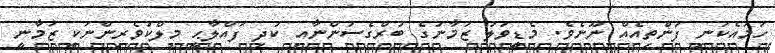
ހަމައެކަނި ފަންތިއެއް ނޫނެވެ. މެޑީވަލު ޒަމާނުގެ ބުރްގެސުންނާއި ކުދި ފައްލާޙީ މިލްކުވެރިންނަކީ ޒަމާނީ